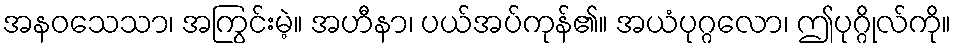
အနဝသေသာ၊ အကြွင်းမဲ့။ အဟီနာ၊ ပယ်အပ်ကုန်၏။ အယံပုဂ္ဂလော၊ ဤပုဂ္ဂိုလ်ကို။